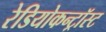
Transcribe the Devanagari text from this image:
रेडियोकन्ट्रॉस्ट